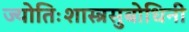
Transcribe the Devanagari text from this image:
ज्योतिःशास्त्रसुबोधिनी